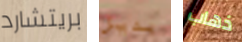
بريتشارد بديل ذهاب